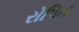
રોપિત